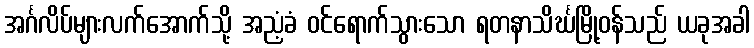
အင်္ဂလိပ်များလက်အောက်သို့ အညံ့ခံ ဝင်ရောက်သွားသော ရတနာသိင်္ဃမြို့ဝန်သည် ယခုအခါ